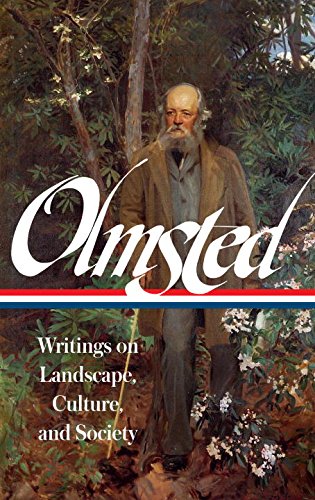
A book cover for Frederick Law Olmsted: Writings on Landscape, Culture, and Society: (Library of America #270); Frederick Law Olmsted; Literature & Fiction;